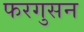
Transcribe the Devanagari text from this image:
फरगुसन